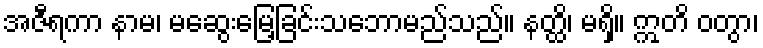
အဇီရကာ နာမ၊ မဆွေးမြေ့ခြင်းသဘောမည်သည်။ နတ္ထိ၊ မရှိ။ ဣတိ ဝတွာ၊